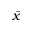
\bar { x }